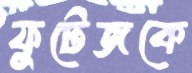
ফুটেজকে